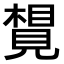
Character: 𧡮